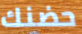
حضنك